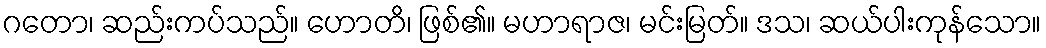
ဂတော၊ ဆည်းကပ်သည်။ ဟောတိ၊ ဖြစ်၏။ မဟာရာဇ၊ မင်းမြတ်။ ဒသ၊ ဆယ်ပါးကုန်သော။